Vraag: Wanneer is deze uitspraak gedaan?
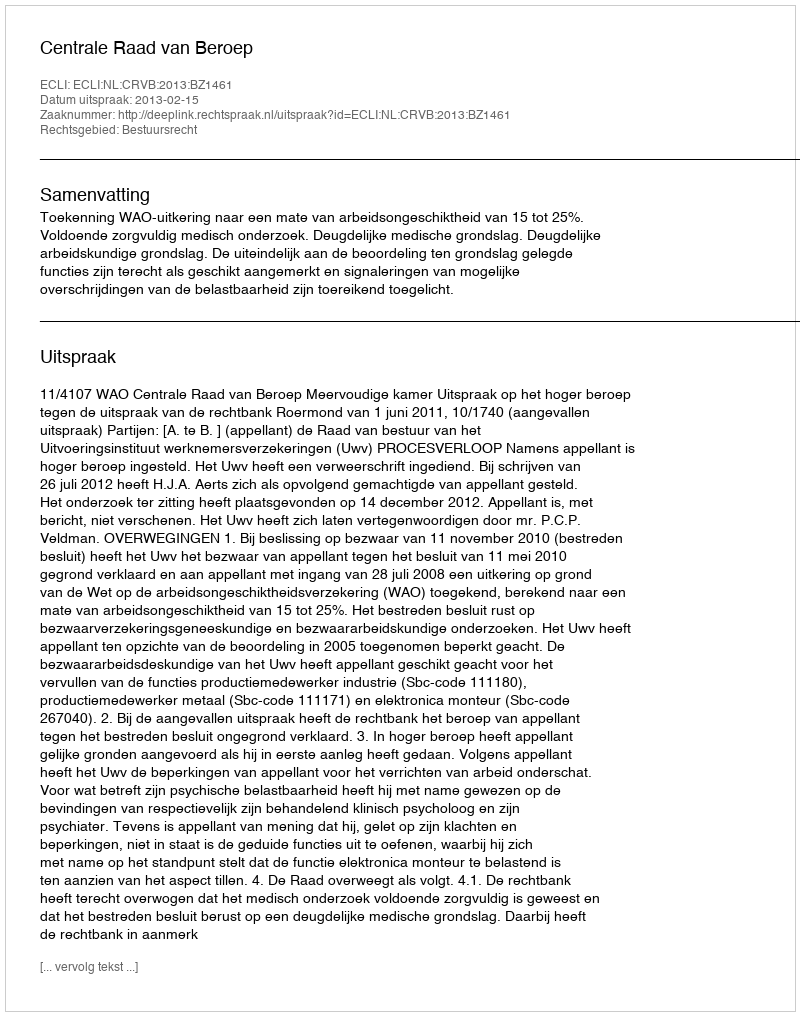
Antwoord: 2013-02-15